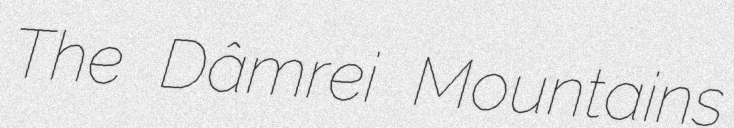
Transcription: The Dâmrei Mountains